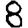
Digit: 8